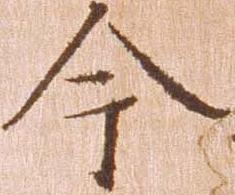
今